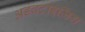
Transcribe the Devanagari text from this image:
अडवर्टाइज़िंग